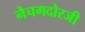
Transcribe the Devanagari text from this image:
नैचगदोरजी